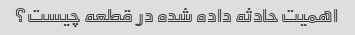
اهمیت حادثه داده شده در قطعه چیست؟